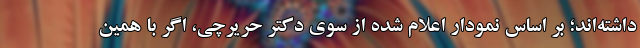
داشته‌اند؛ بر اساس نمودار اعلام شده از سوی دکتر حریرچی، اگر با همین